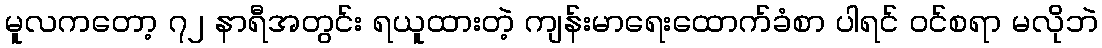
မူလကတော့ ၇၂ နာရီအတွင်း ရယူထားတဲ့ ကျန်းမာရေးထောက်ခံစာ ပါရင် ဝင်စရာ မလိုဘဲ